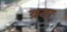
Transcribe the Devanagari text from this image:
त्रया